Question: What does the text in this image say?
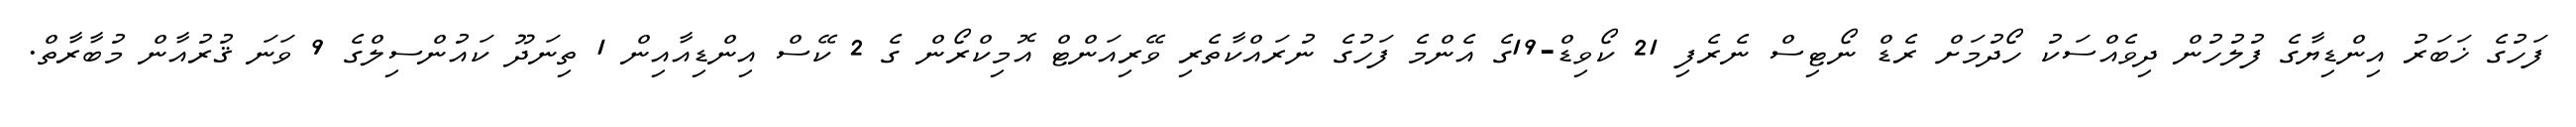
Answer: ފަހުގެ ޚަބަރު އިންޑިޔާގެ ފުލުހުން ދިވެއްސަކު ހޯދުމަށް ރެޑް ނޯޓިސް ނެރެފި 21 ކޯވިޑް-19ގެ އެންމެ ފަހުގެ ނުރައްކާތެރި ވޭރިއަންޓް އޮމިކްރޯން ގެ 2 ކޭސް އިންޑިއާއިން 1 ތިނަދޫ ކައުންސިލްގެ 9 ވަނަ ޤުރުއާން މުބާރާތް.